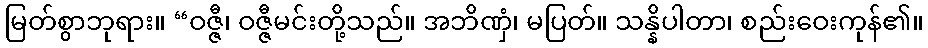
မြတ်စွာဘုရား။ “ဝဇ္ဇီ၊ ဝဇ္ဇီမင်းတို့သည်။ အဘိဏှံ၊ မပြတ်။ သန္နိပါတာ၊ စည်းဝေးကုန်၏။